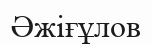
Әжіғұлов